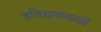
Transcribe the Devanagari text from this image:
इतिहासकाळी